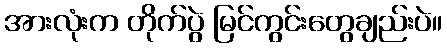
အားလုံးက တိုက်ပွဲ မြင်ကွင်းတွေချည်းပဲ။